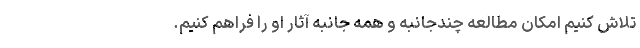
تلاش کنیم امکان مطالعه چندجانبه و همه جانبه آثار او را فراهم کنیم.